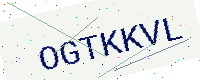
Text: OGTKKVL